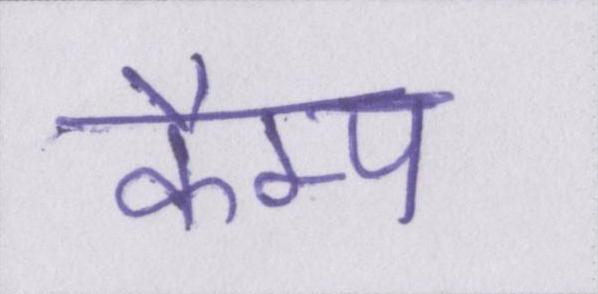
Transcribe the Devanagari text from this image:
कैम्प